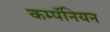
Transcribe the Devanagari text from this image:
कम्पॅनियन